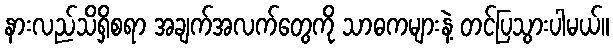
နားလည်သိရှိစရာ အချက်အလက်တွေကို သာဓကများနဲ့ တင်ပြသွားပါမယ်။